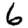
Digit: 6